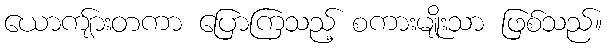
ယောကျ်ားတကာ ပြောကြသည့် စကားမျိုးသာ ဖြစ်သည်။